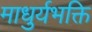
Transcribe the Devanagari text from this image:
माधुर्यभक्ति